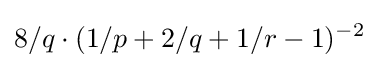
8/q\cdot (1/p+2/q+1/r-1)^{-2}